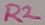
Text: R2